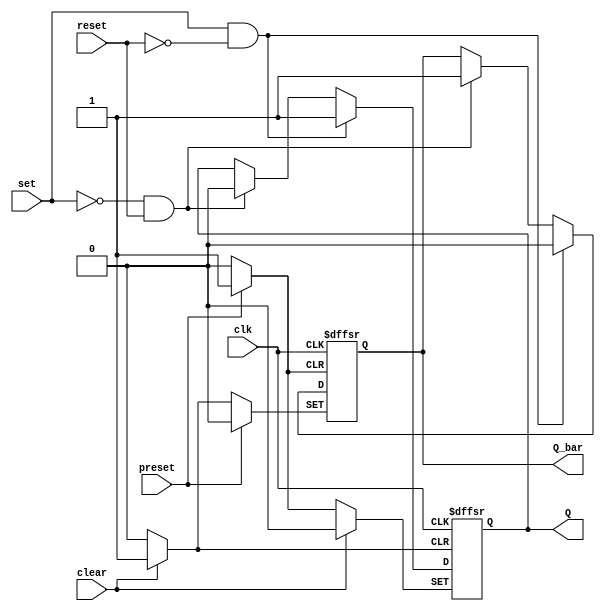
module SR_FF (
    input wire clk,
    input wire set,
    input wire reset,
    input wire clear,
    input wire preset,
    output reg Q,
    output reg Q_bar
);

always @(posedge clk or posedge clear or posedge preset) begin
    if (clear) begin
        Q <= 0;
        Q_bar <= 1;
    end else if (preset) begin
        Q <= 1;
        Q_bar <= 0;
    end else if (set && !reset) begin
        Q <= 1;
        Q_bar <= 0;
    end else if (!set && reset) begin
        Q <= 0;
        Q_bar <= 1;
    end
end

endmodule